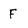
Character: F